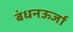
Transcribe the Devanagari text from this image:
बंधनऊर्जा